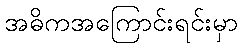
အဓိကအကြောင်းရင်းမှာ